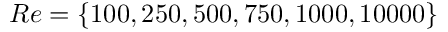
R e = \{ 1 0 0 , 2 5 0 , 5 0 0 , 7 5 0 , 1 0 0 0 , 1 0 0 0 0 \}